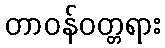
တာဝန်ဝတ္တရား